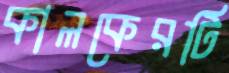
কালকেরটি